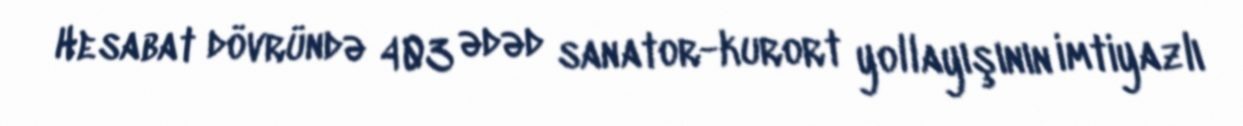
Hesabat dövründə 403 ədəd sanator-kurort yollayışının imtiyazlı